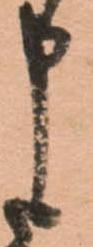
申